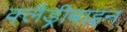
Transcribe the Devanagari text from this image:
क्लैड्रीबाइन